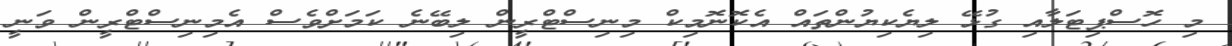
މި ހޮސްޕިޓަލާއި ގުޅޭ ލިޔެކިޔުންތައް އެކޮނޮމިކް މިނިސްޓްރީން ލިބޭނެ ކަމަށްވެސް އެމިނިސްޓްރީން ވަނީ